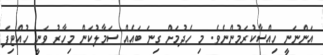
އަންނަނީ ހިއްސާކުރަމުންނެެވެ. މި ހެދުމަށް ގިނަ ބައެއް ސަމާލުކަން މިހާރު ވަނީ ހުއްޓިފަ